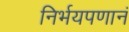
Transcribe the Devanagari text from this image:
निर्भयपणानं